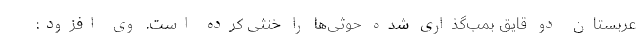
عربستان دو قایق بمب‌گذاری شده حوثی‌ها را خنثی کرده است. وی افزود: